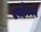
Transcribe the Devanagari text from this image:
एक्झेटरने